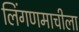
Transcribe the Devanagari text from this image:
लिंगणमाचीला